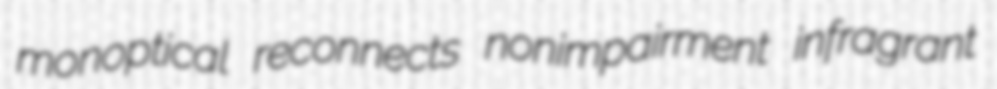
monoptical reconnects nonimpairment infragrant